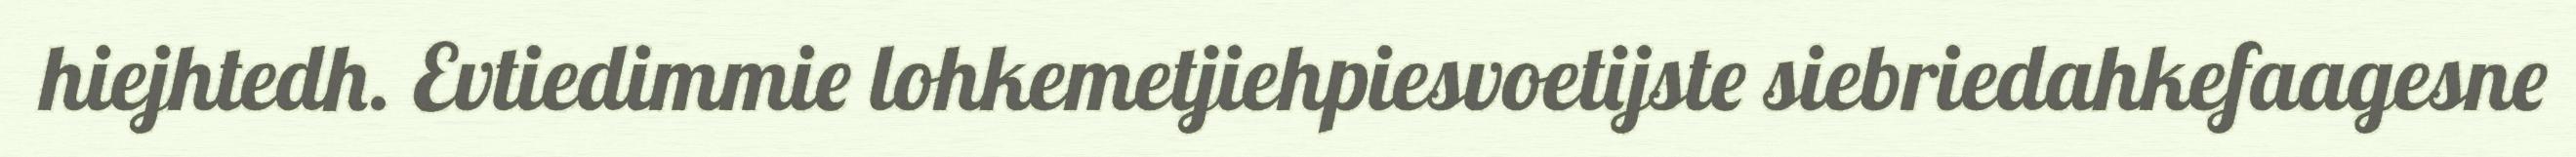
hiejhtedh. Evtiedimmie lohkemetjiehpiesvoetijste siebriedahkefaagesne